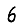
Digit: 6